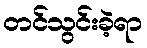
တင်သွင်းခဲ့ရာ